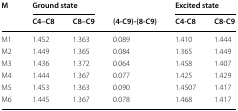
| <ROWSPAN=2> M | <COLSPAN=2> Ground state |  | <COLSPAN=2> Excited state |
 | C4–C8 | C8–C9 | (4-C9)-(8-C9) | C4-C8 | C8-C9 |
 | --- | --- | --- | --- | --- | --- |
 | M1 | 1.452 | 1.363 | 0.089 | 1.410 | 1.444 |
 | M2 | 1.449 | 1.365 | 0.084 | 1.365 | 1.449 |
 | M3 | 1.436 | 1.372 | 0.064 | 1.458 | 1.407 |
 | M4 | 1.444 | 1.367 | 0.077 | 1.425 | 1.429 |
 | M5 | 1.453 | 1.363 | 0.090 | 1.4507 | 1.417 |
 | M6 | 1.445 | 1.367 | 0.078 | 1.468 | 1.417 |